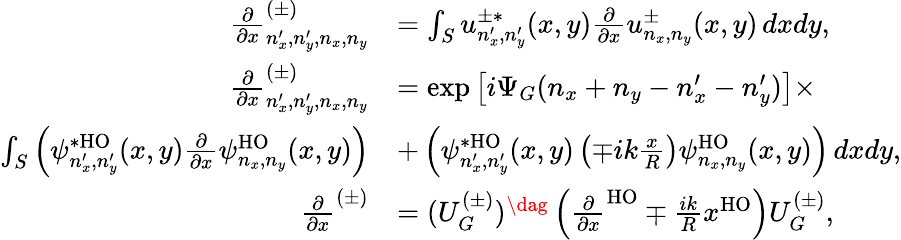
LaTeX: \begin{array}{rl}{\frac{\partial}{\partial x}_{n_{x}^{\prime},n_{y}^{\prime},n_{x},n_{y}}^{(\pm)}}&{=\int_{S}u_{n_{x}^{\prime},n_{y}^{\prime}}^{\pm*}(x,y)\frac{\partial}{\partial x}u_{n_{x},n_{y}}^{\pm}(x,y)\, dxdy,}\\ {\frac{\partial}{\partial x}_{n_{x}^{\prime},n_{y}^{\prime},n_{x},n_{y}}^{(\pm)}}&{=\exp\left[i\Psi_{G}(n_{x}+n_{y}-n_{x}^{\prime}-n_{y}^{\prime})\right]\times}\\ {\int_{S}\left(\psi_{n_{x}^{\prime},n_{y}^{\prime}}^{*\mathrm{HO}}(x,y)\frac{\partial}{\partial x}\psi_{n_{x},n_{y}}^{\mathrm{HO}}(x,y)\right)}&{+\left(\psi_{n_{x}^{\prime},n_{y}^{\prime}}^{*\mathrm{HO}}(x,y)\left(\mp ik\frac{x}{R}\right)\psi_{n_{x},n_{y}}^{\mathrm{HO}}(x,y)\right)\, dxdy,}\\ {\frac{\partial}{\partial x}^{(\pm)}}&{=(U_{G}^{(\pm)})^{\dag}\left(\frac{\partial}{\partial x}^{\mathrm{HO}}\mp\frac{ik}{R}x^{\mathrm{HO}}\right)U_{G}^{(\pm)},}\end{array}